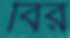
বির